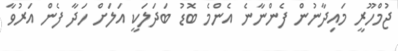
ޖުމްހޫރީ މައިދާނުން ފެންނާނެ އެންމެ ބޮޑު ބަަދަލަކީ އަލަށް ހަދާ ފެން އަރުވާ